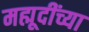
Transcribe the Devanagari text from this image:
मह्मूदींच्या